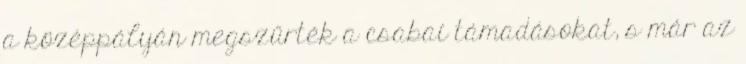
a középpályán megszűrték a csabai támadásokat, s már az